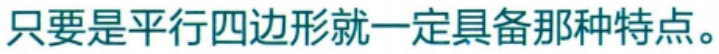
只要是平行四边形就一定具备那种特点。